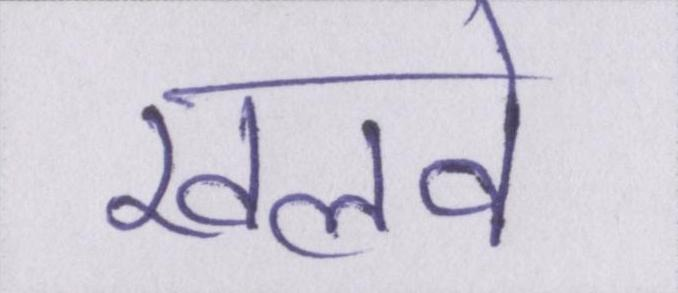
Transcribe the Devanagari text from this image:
खलवे